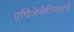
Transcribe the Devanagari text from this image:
एपिजेनेटिक्सचे